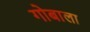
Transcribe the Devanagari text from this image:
गोबाला